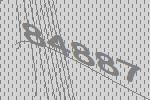
84887